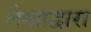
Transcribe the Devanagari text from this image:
लेखाद्वारा